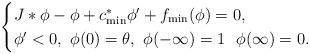
LaTeX: \begin{align*}\begin{cases}J\ast\phi-\phi+c_{\min}^*\phi'+f_{\min}(\phi)=0,\\\phi'<0,\,\,\phi(0)=\theta,\,\,\phi(-\infty)=1\,\,\,\,\phi(\infty)=0.\end{cases}\end{align*}